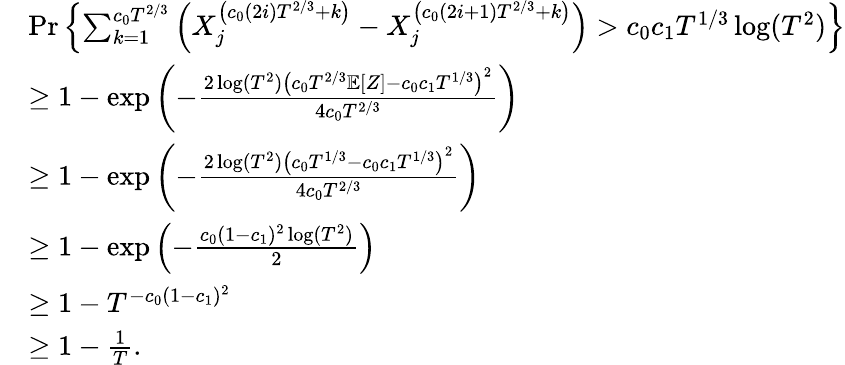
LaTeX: \begin{array}{rl}&{\operatorname*{Pr}\left\{ \sum_{k=1}^{c_{0}T^{2/3}}\left(X_{j}^{\left(c_{0}(2i)T^{2/3}+k\right)}-X_{j}^{\left(c_{0}(2i+1)T^{2/3}+k\right)}\right)>c_{0}c_{1}T^{1/3}\log(T^{2})\right\} }\\ &{\geq 1-\exp\left(-\frac{2\log(T^{2})\left(c_{0}T^{2/3}\mathbb{E}[Z]-c_{0}c_{1}T^{1/3}\right)^{2}}{4c_{0}T^{2/3}}\right)}\\ &{\ge 1-\exp\left(-\frac{2\log(T^{2})\left(c_{0}T^{1/3}-c_{0}c_{1}T^{1/3}\right)^{2}}{4c_{0}T^{2/3}}\right)}\\ &{\ge 1-\exp\left(-\frac{c_{0}(1-c_{1})^{2}\log(T^{2})}{2}\right)}\\ &{\geq 1-T^{-c_{0}(1-c_{1})^{2}}}\\ &{\ge 1-\frac{1}{T}.}\end{array}